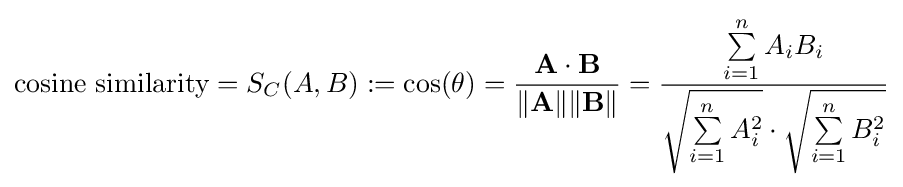
{\text{cosine similarity}}=S_{C}(A,B):=\cos(\theta )={\mathbf {A} \cdot \mathbf {B}  \over \|\mathbf {A} \|\|\mathbf {B} \|}={\frac {\sum \limits _{i=1}^{n}{A_{i}B_{i}}}{{\sqrt {\sum \limits _{i=1}^{n}{A_{i}^{2}}}}\cdot {\sqrt {\sum \limits _{i=1}^{n}{B_{i}^{2}}}}}}